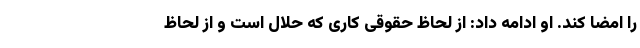
را امضا کند. او ادامه داد: از لحاظ حقوقی کاری که حلال است و از لحاظ